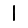
Digit: 1